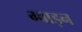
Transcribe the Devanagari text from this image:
ग्वाइन